Vaccination in Bombay 1863-1868 - 1863-1868
Year: 1863
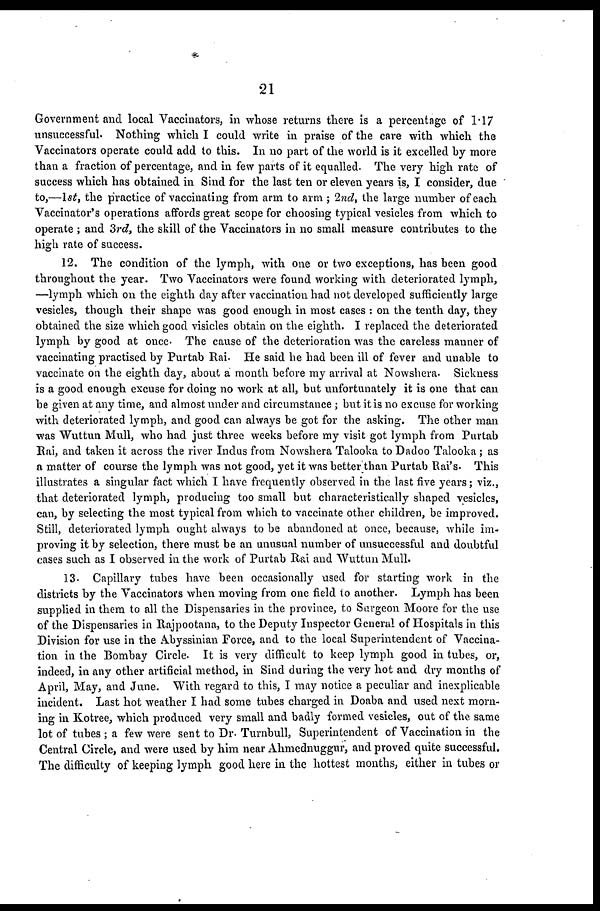
21
Government and local Vaccinators, in whose returns there is a percentage of 1.17
unsuccessful. Nothing which I could write in praise of the care with which the
Vaccinators operate could add to this. In no part of the world is it excelled by more
than a fraction of percentage, and in few parts of it equalled. The very high rate of
success which has obtained in Sind for the last ten or eleven years is, I consider, due
to,—1st, the practice of vaccinating from arm to arm ; 2nd, the large number of each
Vaccinator's operations affords great scope for choosing typical vesicles from which to
operate ; and 3rd, the skill of the Vaccinators in no small measure contributes to the
high rate of success.
12. The condition of the lymph, with one or two exceptions, has been good
throughout the year. Two Vaccinators were found working with deteriorated lymph,
—lymph which on the eighth day after vaccination had not developed sufficiently large
vesicles, though their shape was good enough in most cases : on the tenth day, they
obtained the size which good visicles obtain on the eighth. I replaced the deteriorated
lymph by good at once. The cause of the deterioration was the careless manner of
vaccinating practised by Purtab Rai. He said he had been ill of fever and unable to
vaccinate on the eighth day, about a month before my arrival at Nowshera. Sickness
is a good enough excuse for doing no work at all, but unfortunately it is one that can
be given at any time, and almost under and circumstance ; but it is no excuse for working
with deteriorated lymph, and good can always be got for the asking. The other man
was Wuttun Mull, who had just three weeks before my visit got lymph from Purtab
Rai, and taken it across the river Indus from Nowshera Talooka to Dadoo Talooka ; as
a matter of course the lymph was not good, yet it was better than Purtab Rai's. This
illustrates a singular fact which I have frequently observed in the last five years; viz.,
that deteriorated lymph, producing too small but characteristically shaped vesicles,
can, by selecting the most typical from which to vaccinate other children, be improved.
Still, deteriorated lymph ought always to be abandoned at once, because, while im-
proving it by selection, there must be an unusual number of unsuccessful and doubtful
cases such as I observed in the work of Purtab Rai and Wuttun Mull.
13. Capillary tubes have been occasionally used for starting work in the
districts by the Vaccinators when moving from one field to another. Lymph has been
supplied in them to all the Dispensaries in the province, to Surgeon Moore for the use
of the Dispensaries in Rajpootana, to the Deputy Inspector General of Hospitals in this
Division for use in the Abyssinian Force, and to the local Superintendent of Vaccina-
tion in the Bombay Circle. It is very difficult to keep lymph good in tubes, or,
indeed, in any other artificial method, in Sind during the very hot and dry months of
April, May, and June. With regard to this, I may notice a peculiar and inexplicable
incident. Last hot weather I had some tubes charged in Doaba and used next morn-
ing in Kotree, which produced very small and badly formed vesicles, out of the same
lot of tubes ; a few were sent to Dr. Turnbull, Superintendent of Vaccination in the
Central Circle, and were used by him near Ahmednuggur, and proved quite successful.
The difficulty of keeping lymph good here in the hottest months, either in tubes or